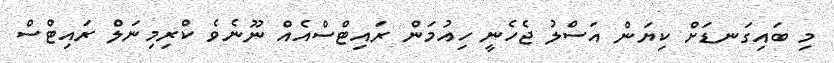
މި ބައިގަނޑަށް ކިޔަން އަސްލު ޖެހެނީ ހިއުމަން ރައިޓްސްއެއް ނޫނެވެ ކްރިމިނަލް ރައިޓްސް